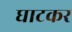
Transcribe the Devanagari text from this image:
घाटकर